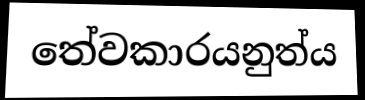
තේවකාරයනුත්ය